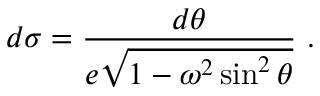
d \sigma = { \frac { d \theta } { e \sqrt { 1 - \omega ^ { 2 } \sin ^ { 2 } \theta } } } \ .